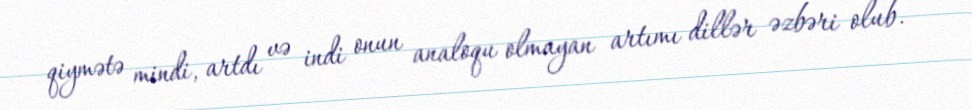
qiymətə mindi, artdı və indi onun analoqu olmayan artımı dillər əzbəri olub.